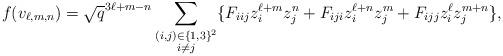
LaTeX: \begin{align*}f(v_{\ell,m,n})=\sqrt{q}^{3\ell+m-n}&\sum_{\substack{(i,j)\in\{1,3\}^2\\ i\neq j}}\{F_{iij}z_i^{\ell+m}z_j^n+F_{iji}z_i^{\ell+n}z_j^m+F_{ijj}z_i^\ell z_j^{m+n}\},\\\end{align*}